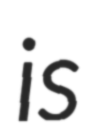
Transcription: is